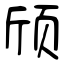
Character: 颀